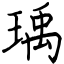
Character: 瑀